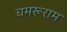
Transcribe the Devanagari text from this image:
चमरूराम